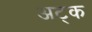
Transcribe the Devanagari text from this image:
अट्क